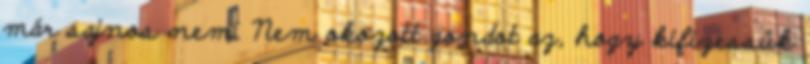
már sajnos nem. Nem okozott gondot az, hogy kifizessük